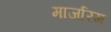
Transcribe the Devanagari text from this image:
मार्जारम